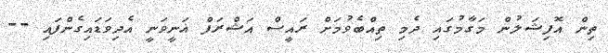
ތިން އޮފިޝަލުން މަގާމުގައި ދެމި ތިއްބެވުމަށް ރައީސް އަޝްރަފް ޣަނީވަނީ އެދިވަޑައިގެންފައި --